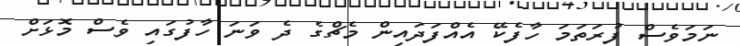
ނަމަވެސް ފުރަތަމަ ހާފެކޭ އެއްފަދައިން މެޗްގެ ދެ ވަނަ ހާފުގައި ވެސް މޮޅަށް